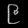
Digit: ၉